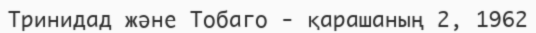
Тринидад және Тобаго - қарашаның 2, 1962